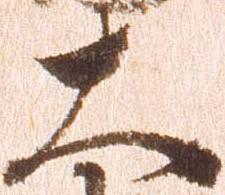
大